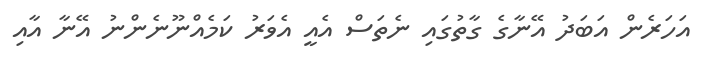
އަހަރެން އަބަދު އޭނާގެ ގާތުގައި ނެތަސް އެއީ އެވަރު ކަމެއްނޫނެންނު އޭނާ އާއި